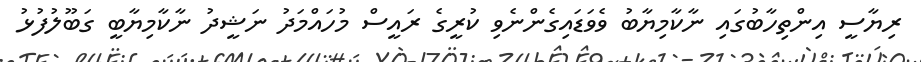
ރިޔާސީ އިންތިހާބުގައި ނާކާމިޔާބު ވެވަޑައިގެންނެވި ކުރީގެ ރައީސް މުހައްމަދު ނަޝީދު ނާކާމިޔާބީ ގަބޫލުފުޅު